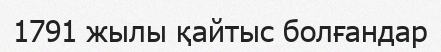
1791 жылы қайтыс болғандар